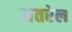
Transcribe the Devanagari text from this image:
अंतरेल